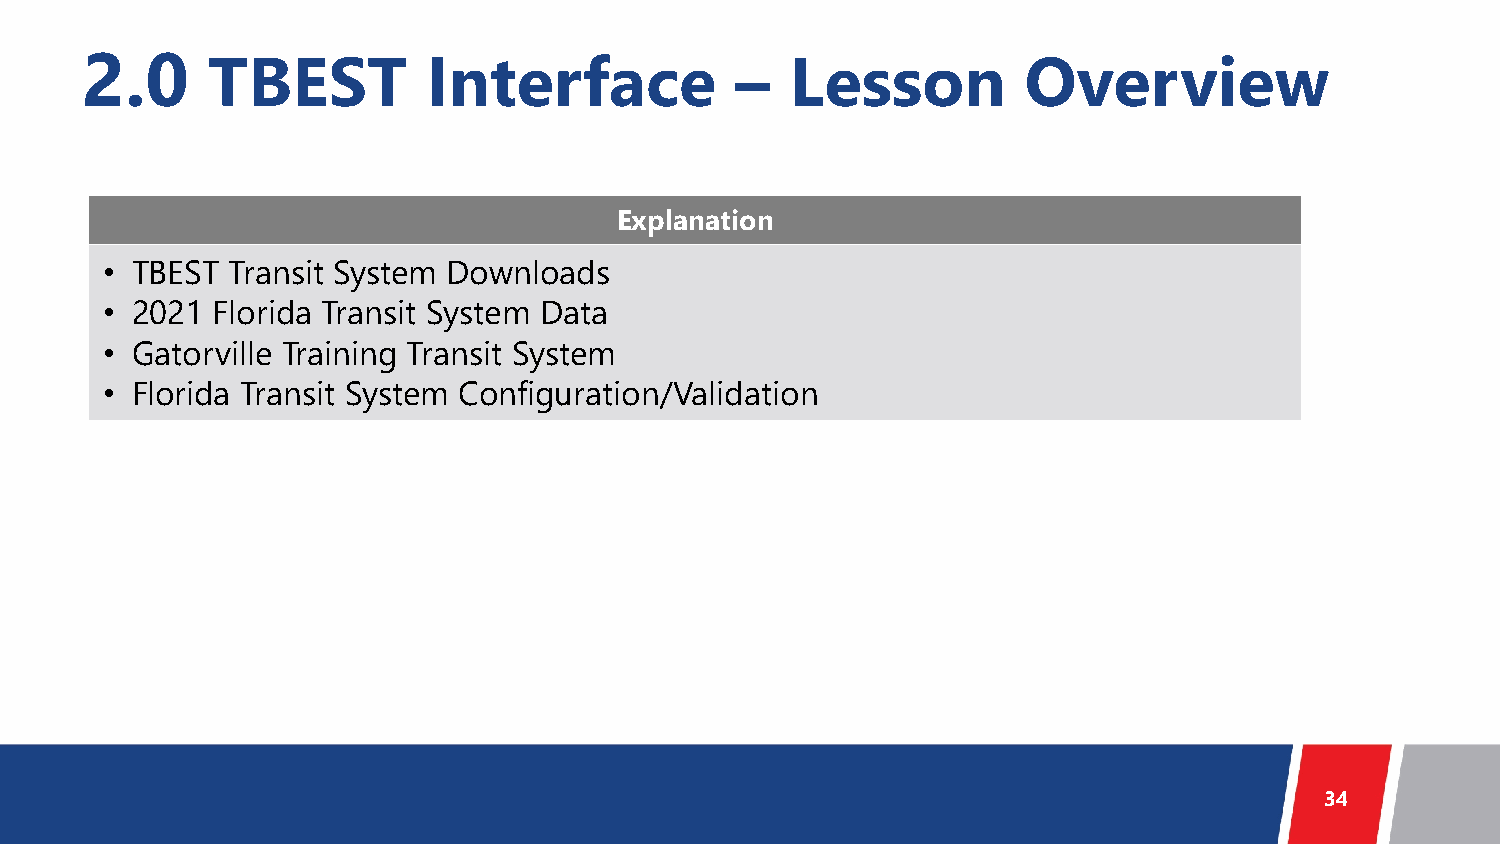
2.0      TBEST         Interface            –  Lesson          Overview
 Explanation
 • TBEST Transit System Downloads
 • 2021 Florida Transit System Data
 • Gatorville Training Transit System
 • Florida Transit System Configuration/Validation
 34